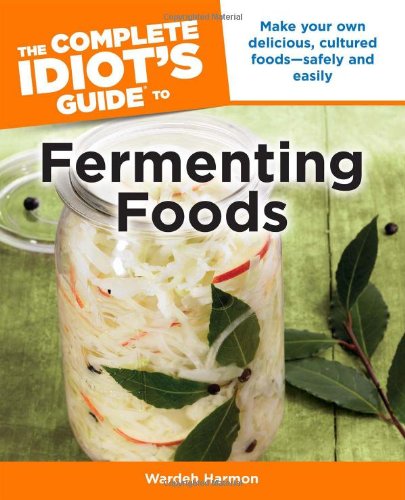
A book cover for The Complete Idiot's Guide to Fermenting Foods (Idiot's Guides); Wardeh Harmon; Cookbooks, Food & Wine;